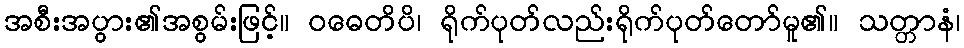
အစီးအပွား၏အစွမ်းဖြင့်။ ဝဓေတိပိ၊ ရိုက်ပုတ်လည်းရိုက်ပုတ်တော်မူ၏။ သတ္တာနံ၊